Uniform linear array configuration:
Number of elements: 4
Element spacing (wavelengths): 0.75
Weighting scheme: cosine
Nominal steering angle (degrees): -60
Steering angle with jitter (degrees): -61.228
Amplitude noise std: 0.05
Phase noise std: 0.05

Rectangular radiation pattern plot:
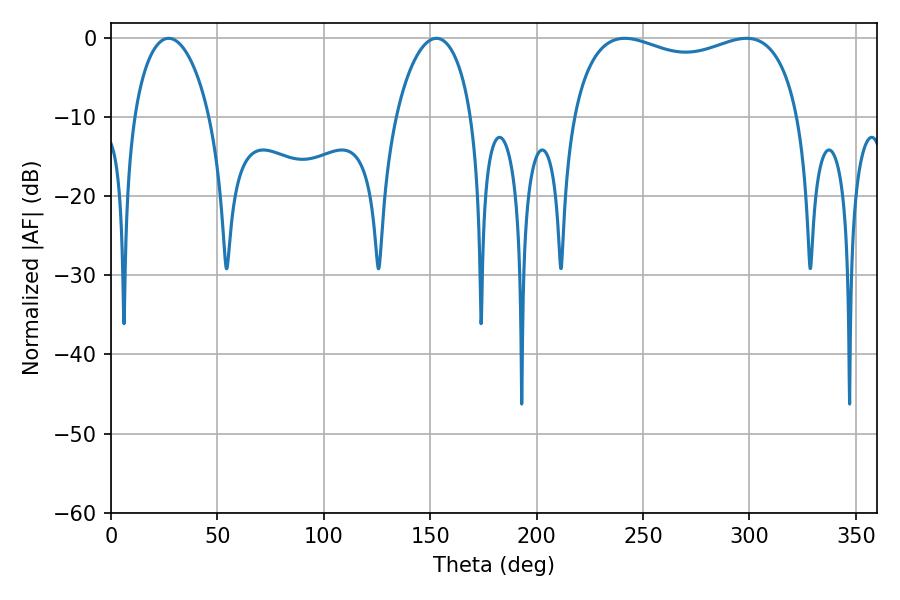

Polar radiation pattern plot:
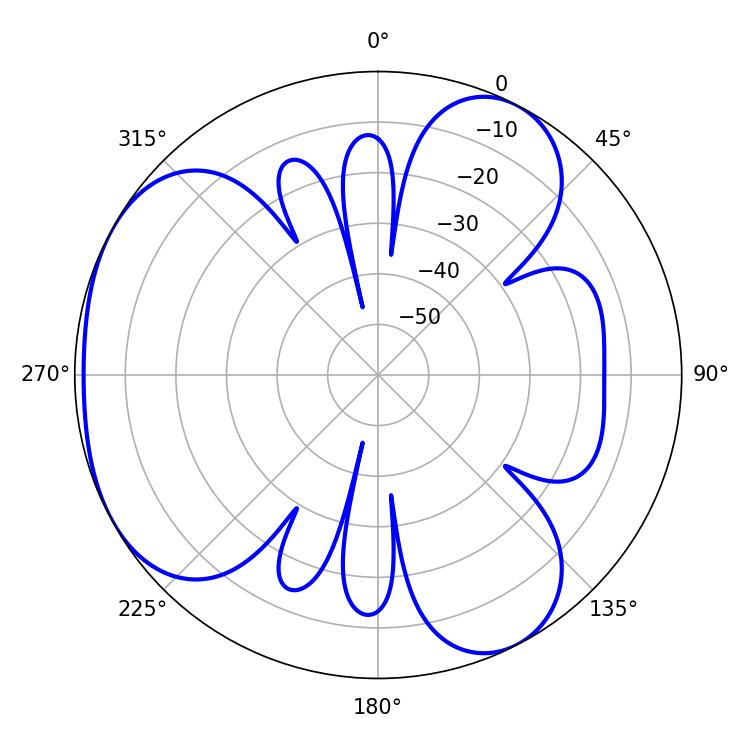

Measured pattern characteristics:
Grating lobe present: TRUE
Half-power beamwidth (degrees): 87.84
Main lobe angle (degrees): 241.38